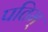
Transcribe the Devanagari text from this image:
पतिम्